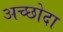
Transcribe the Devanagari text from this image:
अच्छोदा